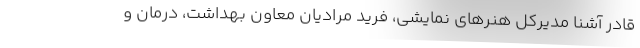
قادر آشنا مدیرکل هنرهای نمایشی، فرید مرادیان معاون بهداشت، درمان و